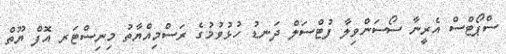
ސްޕޯޓްސް އެރީނާ ސޯސަންވިލާ ފުޓްސަލް ދަނޑު ހުޅުވުމުގެ ރަސްމިއްޔާތު މިނިސްޓަރ އޮފް ޔޫތް